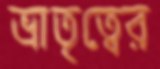
ভ্রাতৃত্বের